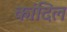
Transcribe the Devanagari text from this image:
कांदिल